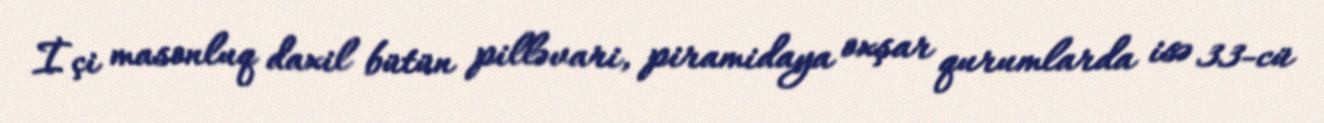
İçi masonluq daxil bütün pilləvari, piramidaya oxşar qurumlarda isə 33-cü